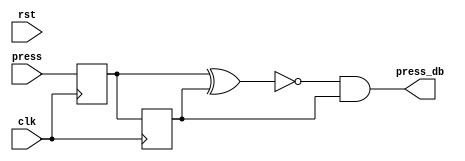
`timescale 1ns / 1ps

module db_pulse(
    input clk, //this clock must be slow enough to allow for button to settle ie few miliseconds
    input rst,
    input press,
    output press_db
    );
    
    reg q1,q2;
    wire valid;

    always@(posedge clk)q1<=press; //2 F-F (double-flopped) to synchronize to clk_5mhz
    always@(posedge clk)q2<=q1;
    assign valid = ~(q1 ^ q2); //XNOR gate to generate 'valid' signal
    assign press_db = valid & q2;
    
endmodule